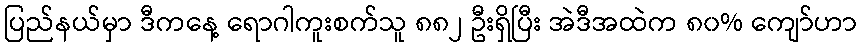
ပြည်နယ်မှာ ဒီကနေ့ ရောဂါကူးစက်သူ ၈၈၂ ဦးရှိပြီး အဲဒီအထဲက ၈၀% ကျော်ဟာ